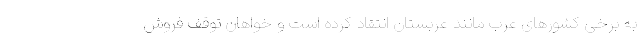
به برخی کشورهای عرب مانند عربستان انتقاد کرده است و خواهان توقف فروش